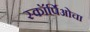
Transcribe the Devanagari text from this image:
स्कॉर्पिओचा